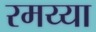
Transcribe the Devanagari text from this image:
रमय्या